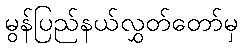
မွန်ပြည်နယ်လွှတ်တော်မှ